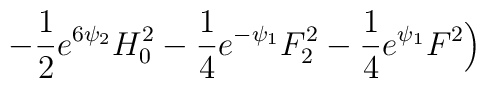
- \frac{1}{2} e^{6 \psi_2 } H_0^2  - \frac{1}{4} e^{-\psi_1} F_2^2 - \frac{1}{4} e^{\psi_1} F^2 \Big)